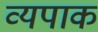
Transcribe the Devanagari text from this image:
व्यपाक